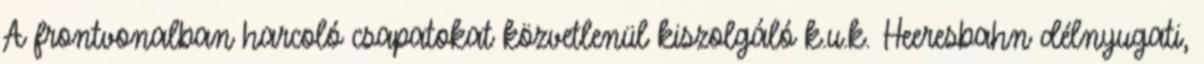
A frontvonalban harcoló csapatokat közvetlenül kiszolgáló k.u.k. Heeresbahn délnyugati,